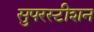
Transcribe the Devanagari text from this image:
सुपरस्टीशन